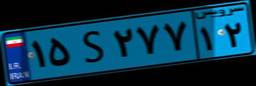
۹۰S۳۰۱۴۷